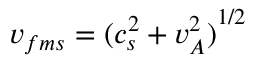
v _ { f m s } = { ( c _ { s } ^ { 2 } + v _ { A } ^ { 2 } ) } ^ { 1 / 2 }